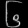
Digit: ၆